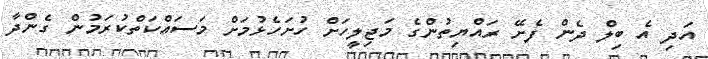
އަދި އެ ބިލް ދެން ފެށޭ ރައްޔިތުންގެ މަޖިލީހަށް ހުށަހެޅުމަށް މަސައްކަތްކުރަމުން ގެންދާ